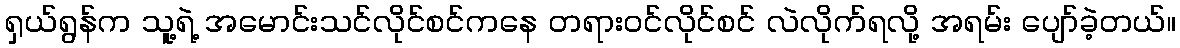
ရှယ်ရွန်က သူ့ရဲ့ အမောင်းသင်လိုင်စင်ကနေ တရားဝင်လိုင်စင် လဲလိုက်ရလို့ အရမ်း ပျော်ခဲ့တယ်။